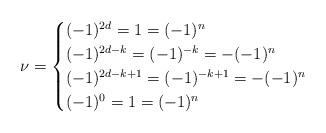
LaTeX: \begin{align*}\nu =\begin{cases}(-1)^{2d}=1=(-1)^{n}&\\(-1)^{2d-k}=(-1)^{-k}=-(-1)^{n}&\\(-1)^{2d-k+1}=(-1)^{-k+1}=-(-1)^{n}&\\(-1)^{0}=1=(-1)^{n}&\\\end{cases}\end{align*}